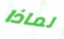
لماذا